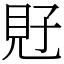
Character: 覎